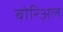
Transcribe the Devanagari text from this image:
बोरिअल